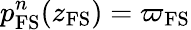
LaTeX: p_{\mathrm{FS}}^{n}(z_{\mathrm{FS}})=\varpi_{\mathrm{FS}}